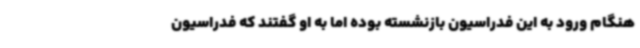
هنگام ورود به این فدراسیون بازنشسته بوده اما به او گفتند که فدراسیون